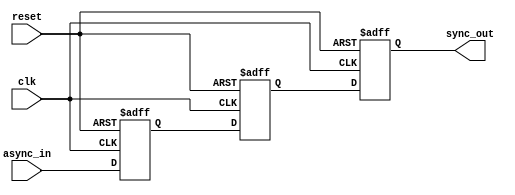
module two_ff_metastability_detector(
    input wire clk,          // Clock input
    input wire async_in,     // Asynchronous input signal
    input wire reset,        // Optional reset signal
    output reg sync_out      // Synchronized output signal
);

// Internal signals for the flip-flops
reg ff1, ff2;

// First Flip-Flop (FF1) to sample the asynchronous input
always @(posedge clk or posedge reset) begin
    if (reset) begin
        ff1 <= 1'b0; // Reset condition
    end else begin
        ff1 <= async_in; // Sample async_in on clock edge
    end
end

// Second Flip-Flop (FF2) to sample the output of FF1
always @(posedge clk or posedge reset) begin
    if (reset) begin
        ff2 <= 1'b0; // Reset condition
    end else begin
        ff2 <= ff1; // Sample FF1 output on the next clock edge
    end
end

// Output assignment
always @(posedge clk or posedge reset) begin
    if (reset) begin
        sync_out <= 1'b0; // Reset condition
    end else begin
        sync_out <= ff2; // Synchronized output
    end
end

endmodule